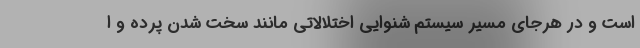
است و در هرجای مسیر سیستم شنوایی اختلالاتی مانند سخت شدن پرده و ا